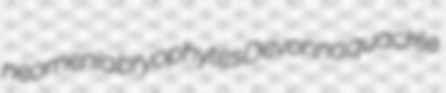
neomenia bryophytes Devonna quackle